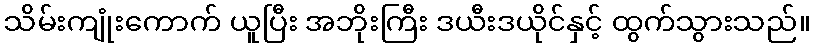
သိမ်းကျုံးကောက် ယူပြီး အဘိုးကြီး ဒယီးဒယိုင်နှင့် ထွက်သွားသည်။